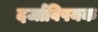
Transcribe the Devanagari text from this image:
दर्जाविषयक